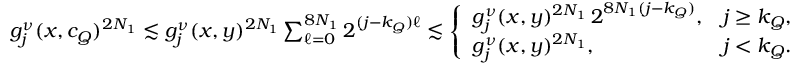
\begin{array} { r } { g _ { j } ^ { \nu } ( x , c _ { Q } ) ^ { 2 N _ { 1 } } \lesssim g _ { j } ^ { \nu } ( x , y ) ^ { 2 N _ { 1 } } \sum _ { \ell = 0 } ^ { 8 N _ { 1 } } 2 ^ { ( j - k _ { Q } ) \ell } \lesssim \left\{ \begin{array} { l l } { g _ { j } ^ { \nu } ( x , y ) ^ { 2 N _ { 1 } } \, 2 ^ { 8 N _ { 1 } ( j - k _ { Q } ) } , } & { j \geq k _ { Q } , } \\ { g _ { j } ^ { \nu } ( x , y ) ^ { 2 N _ { 1 } } , } & { j < k _ { Q } . } \end{array} \right. } \end{array}